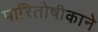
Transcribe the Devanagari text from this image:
पारितोषीकाने